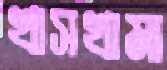
খাসখামা